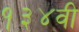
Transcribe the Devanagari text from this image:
१३४वी